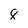
Character: 8